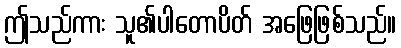
ဤသည်ကား သူ၏ပါတောပိတ် အဖြေဖြစ်သည်။